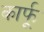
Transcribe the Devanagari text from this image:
कार्फू